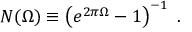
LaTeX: N ( \Omega ) \equiv \left( e ^ { 2 \pi \Omega } - 1 \right) ^ { - 1 } \ .